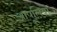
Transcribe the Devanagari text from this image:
आपूलिया